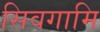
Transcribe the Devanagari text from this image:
सिवगामि